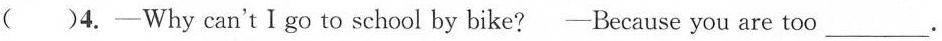
( )4.—Why can'tIgo to school by bike? —Because you are too ___.